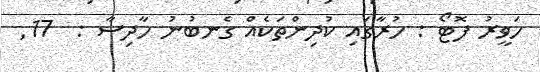
ހަވީރު ފޮޓޯ : ހުރާގައި ކުދިންތަކެއް ގެނބުނު ހާދިސާ :  17